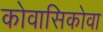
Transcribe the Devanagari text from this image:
कोवासिकोवा